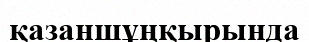
қазаншұңқырында